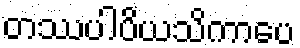
တဿပါပိယသိကာပေ